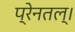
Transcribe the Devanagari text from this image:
प्रेनतल्।